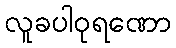
လူခပါဝုရဏော